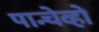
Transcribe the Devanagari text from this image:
पान्चेव्हो